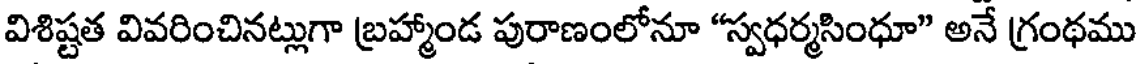
విశిష్టత వివరించినట్లుగా బ్రహ్మాండ పురాణంలోనూ "స్వధర్మసింధూ" అనే గ్రంథము